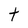
Character: t